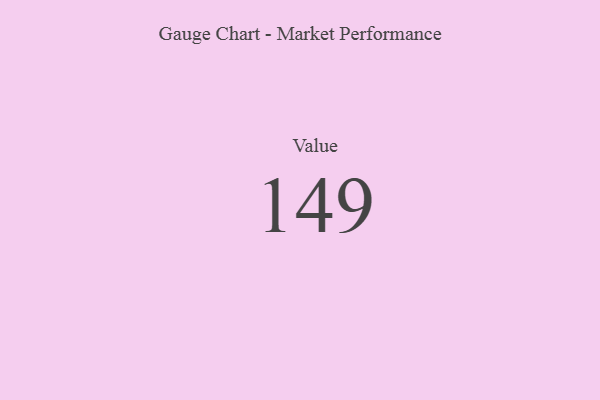
{"axis": {"x": "Metric", "y": "Value"}, "legend": [""], "data": [{"x": "Value", "y": 149, "type": ""}]}